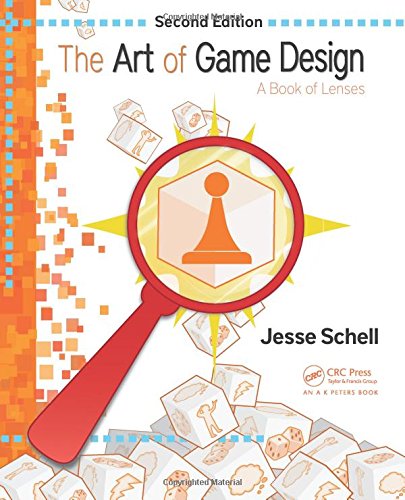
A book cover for The Art of Game Design: A Book of Lenses, Second Edition; Jesse Schell; Humor & Entertainment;